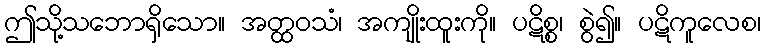
ဤသို့သဘောရှိသော။ အတ္ထဝသံ၊ အကျိုးထူးကို။ ပဋိစ္စ၊ စွဲ၍။ ပဋိကူလေစ၊